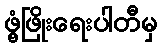
ဖွံ့ဖြိုးရေးပါတီမှ